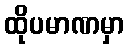
ထိုပမာဏမှာ